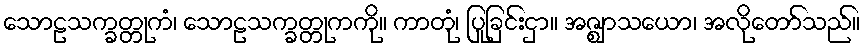
သောဠသက္ခတ္တုကံ၊ သောဠသက္ခတ္တုကကို။ ကာတုံ၊ ပြုခြင်းငှာ။ အဇ္ဈာသယော၊ အလိုတော်သည်။